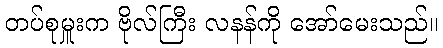
တပ်စုမှူးက ဗိုလ်ကြီး လနန်ကို အော်မေးသည်။